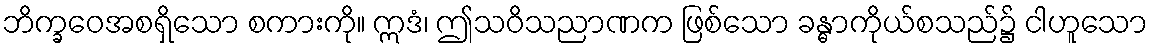
ဘိက္ခဝေအစရှိသော စကားကို။ ဣဒံ၊ ဤသဝိသညာဏက ဖြစ်သော ခန္ဓာကိုယ်စသည်၌ ငါဟူသော